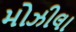
મોઝીલા